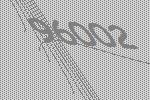
96002